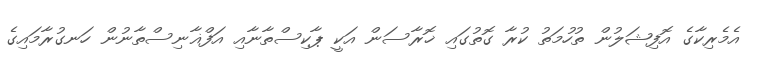
އެމެރިކާގެ އޮފިޝަލުން ތުހުމަތު ކުރާ ގޮތުގައި ޚޮރާސަން އަކީ ޕާކިސްތާނާއި އަފްޣާނިސްތާނުން ހަނގުރާމައިގެ